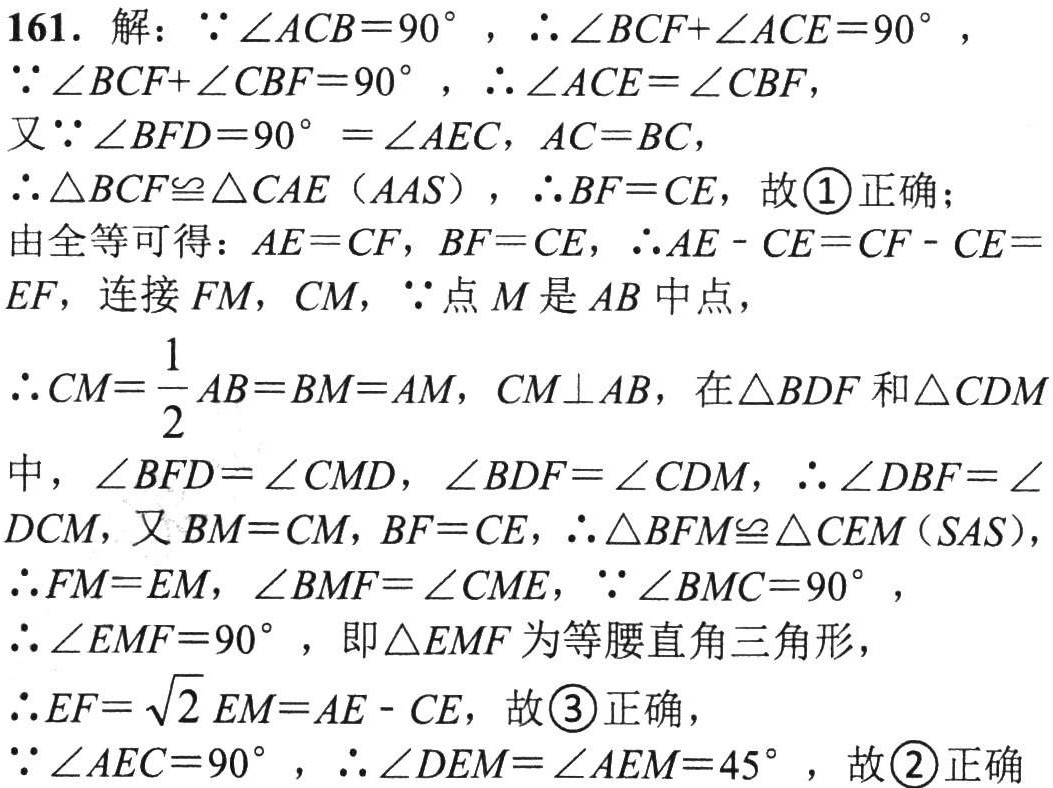
161. 解：\(\because\angle ACB = 90^{\circ}\)，\(\therefore\angle BCF+\angle ACE = 90^{\circ}\)，

\(\because\angle BCF+\angle CBF = 90^{\circ}\)，\(\therefore\angle ACE=\angle CBF\)，

又\(\because\angle BFD = 90^{\circ}=\angle AEC\)，\(AC = BC\)，

\(\therefore\triangle BCF\cong\triangle CAE(AAS)\)，\(\therefore BF = CE\)，故\textcircled{1}正确；

由全等可得：\(AE = CF\)，\(BF = CE\)，\(\therefore AE - CE=CF - CE = EF\)，连接 \(FM\)，\(CM\)，\(\because\)点 \(M\) 是 \(AB\) 中点，

\(\therefore CM=\frac{1}{2}AB = BM = AM\)，\(CM\perp AB\)，在\(\triangle BDF\) 和\(\triangle CDM\)

中，\(\angle BFD=\angle CMD\)，\(\angle BDF=\angle CDM\)，\(\therefore\angle DBF=\angle DCM\)，又 \(BM = CM\)，\(BF = CE\)，\(\therefore\triangle BFM\cong\triangle CEM(SAS)\)，

\(\therefore FM = EM\)，\(\angle BMF=\angle CME\)，\(\because\angle BMC = 90^{\circ}\)，

\(\therefore\angle EMF = 90^{\circ}\)，即\(\triangle EMF\) 为等腰直角三角形，

\(\therefore EF=\sqrt{2}EM=AE - CE\)，故\textcircled{3}正确，

\(\because\angle AEC = 90^{\circ}\)，\(\therefore\angle DEM=\angle AEM = 45^{\circ}\)，故\textcircled{2}正确